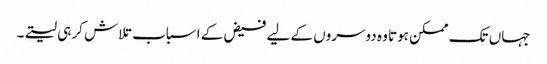
جہاں تک ممکن ہوتا وہ دوسروں کے لیے فیض کے اسباب تلاش کر ہی لیتے۔